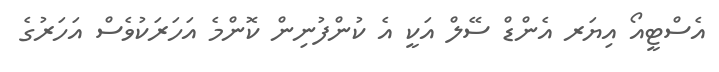
އެސްޓީއޯ އިޔަރ އެންޑް ސޭލް އަކީ އެ ކުންފުނިން ކޮންމެ އަހަރަކުވެސް އަހަރުގެ